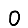
Digit: 0